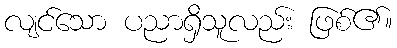
လျင်သော ပညာရှိသူလည်း ဖြစ်၏။